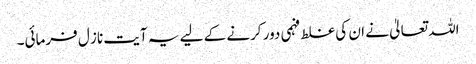
اللہ تعالیٰ نے ان کی غلط فہمی دور کرنے کے لیے یہ آیت ناز ل فرمائی۔